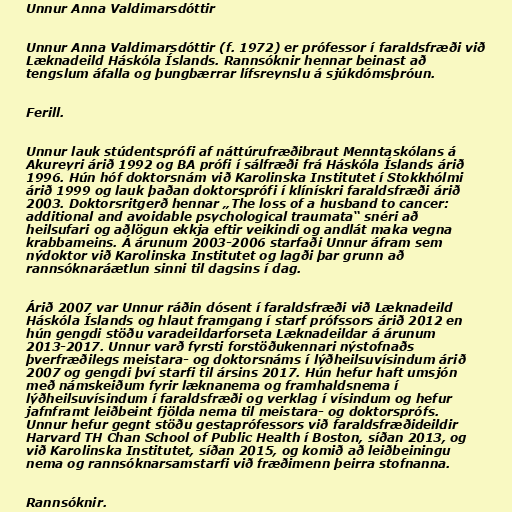
Unnur Anna Valdimarsdóttir

Unnur Anna Valdimarsdóttir (f. 1972) er prófessor í faraldsfræði við
Læknadeild Háskóla Íslands. Rannsóknir hennar beinast að
tengslum áfalla og þungbærrar lífsreynslu á sjúkdómsþróun.

Ferill.

Unnur lauk stúdentsprófi af náttúrufræðibraut Menntaskólans á
Akureyri árið 1992 og BA prófi í sálfræði frá Háskóla Íslands árið
1996. Hún hóf doktorsnám við Karolinska Institutet í Stokkhólmi
árið 1999 og lauk þaðan doktorsprófi í klínískri faraldsfræði árið
2003. Doktorsritgerð hennar „The loss of a husband to cancer:
additional and avoidable psychological traumata“ snéri að
heilsufari og aðlögun ekkja eftir veikindi og andlát maka vegna
krabbameins. Á árunum 2003-2006 starfaði Unnur áfram sem
nýdoktor við Karolinska Institutet og lagði þar grunn að
rannsóknaráætlun sinni til dagsins í dag.

Árið 2007 var Unnur ráðin dósent í faraldsfræði við Læknadeild
Háskóla Íslands og hlaut framgang í starf prófssors árið 2012 en
hún gengdi stöðu varadeildarforseta Læknadeildar á árunum
2013-2017. Unnur varð fyrsti forstöðukennari nýstofnaðs
þverfræðilegs meistara- og doktorsnáms í lýðheilsuvísindum árið
2007 og gengdi því starfi til ársins 2017. Hún hefur haft umsjón
með námskeiðum fyrir læknanema og framhaldsnema í
lýðheilsuvísindum í faraldsfræði og verklag í vísindum og hefur
jafnframt leiðbeint fjölda nema til meistara- og doktorsprófs.
Unnur hefur gegnt stöðu gestaprófessors við faraldsfræðideildir
Harvard TH Chan School of Public Health í Boston, síðan 2013, og
við Karolinska Institutet, síðan 2015, og komið að leiðbeiningu
nema og rannsóknarsamstarfi við fræðimenn þeirra stofnanna.

Rannsóknir.